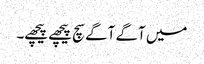
میں آگے آگے سچ پیچھے پیچھے۔